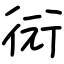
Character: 衏